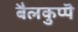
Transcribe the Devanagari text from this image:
बैलकुप्पॆ